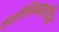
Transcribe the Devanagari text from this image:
एंडोसिम्बयाटिक